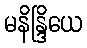
မနိန္ဒြိယေ